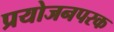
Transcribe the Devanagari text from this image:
प्रयोजनपरक